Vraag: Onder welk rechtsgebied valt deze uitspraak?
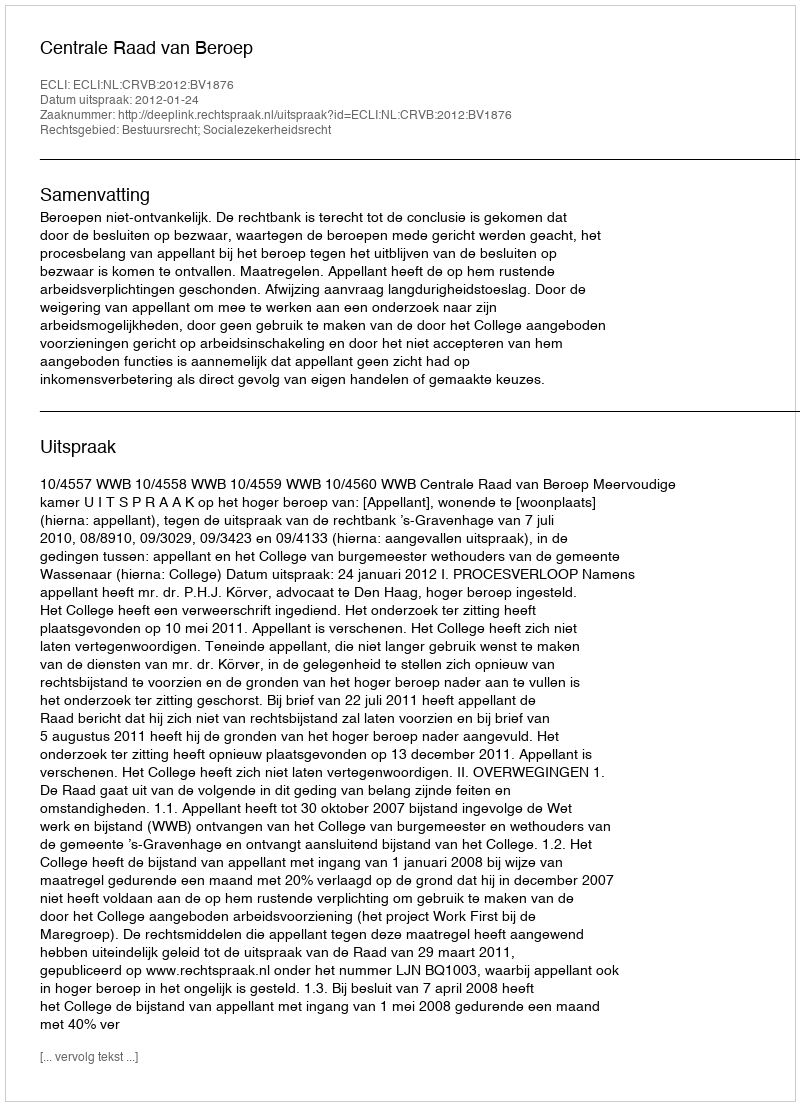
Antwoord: Bestuursrecht; Socialezekerheidsrecht